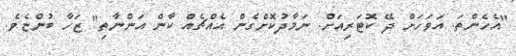
"އެހެންތަ. އަވަހަށް ދޭ ކޮޓަރިއަށް. ނަމާދުކޮށްގެން އެއްޗެއް ކާން އަންނާތި" ޒަހާ ބުންޏެވެ.